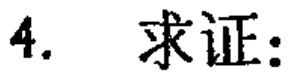
4. 求证: